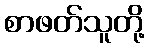
စာဖတ်သူတို့